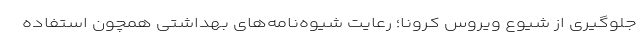
جلوگیری از شیوع ویروس کرونا؛ رعایت شیوه‌نامه‌های بهداشتی همچون استفاده